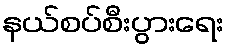
နယ်စပ်စီးပွားရေး